Lunatic asylums Punjab 1895-1910 - 1895-1910
Year: 1895
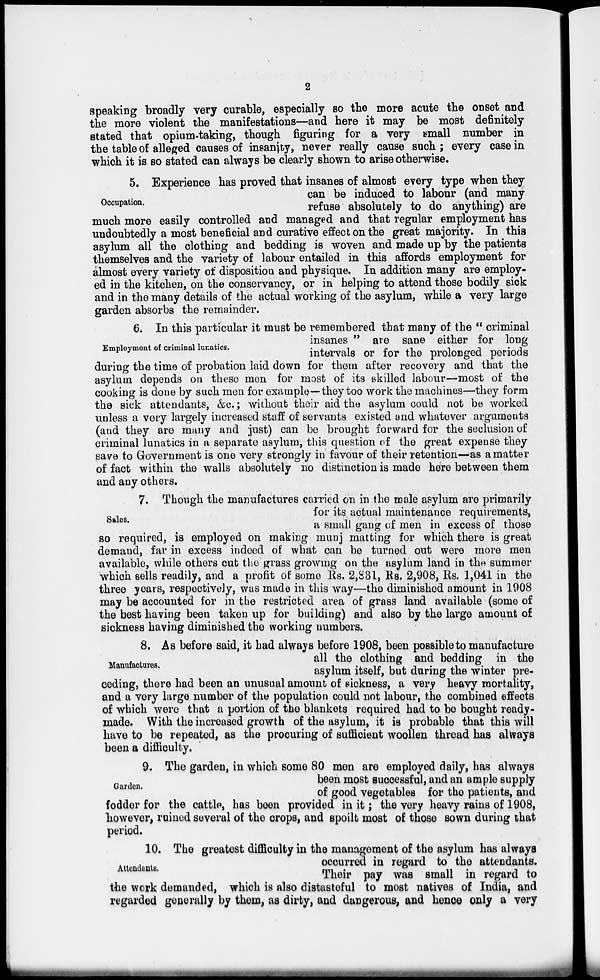
2
speaking broadly very curable, especially so the more acute the onset and
the more violent the manifestations—and here it may be most definitely
stated that opium-taking, though figuring for a very small number in
the table of alleged causes of insanity, never really cause such ; every case in
which it is so stated can always be clearly shown to arise otherwise.
Occupation.
5. Experience has proved that insanes of almost every type when they
can be induced to labour (and many
refuse absolutely to do anything) are
much more easily controlled and managed and that regular employment has
undoubtedly a most beneficial and curative effect on the great majority. In this
asylum all the clothing and bedding is woven and made up by the patients
themselves and the variety of labour entailed in this affords employment for
almost every variety of disposition and physique. In addition many are employ-
ed in the kitchen, on the conservancy, or in helping to attend those bodily sick
and in the many details of the actual working of the asylum, while a very large
garden absorbs the remainder.
Employment of criminal lunatics.
6. In this particular it must be remembered that many of the "criminal
insanes " are sane either for long
intervals or for the prolonged periods
during the time of probation laid down for them after recovery and that the
asylum depends on these men for most of its skilled labour—most of the
cooking is done by such men for example—they too work the machines—they form
the sick attendants, &c.; without their aid the asylum could not be worked
unless a very largely increased staff of servants existed and whatever arguments
(and they are many and just) can be brought forward for the seclusion of
criminal lunatics in a separate asylum, this question of the great expense they
save to Government is one very strongly in favour of their retention––as a matter
of fact within the walls absolutely no distinction is made here between them
and any others.
Sales.
7. Though the manufactures carried on in the male asylum are primarily
for its actual maintenance requirements ,
a small gang of men in excess of those
so required, is employed on making munj matting for which there is great
demand, far in excess indeed of what can be turned out were more men
available, while others cut the grass growing on the asylum land in the summer
which sells readily, and a profit of some Rs. 2,831 , Rs. 2,908, Rs. 1,041 in the
three years, respectively, was made in this way—the diminished amount in 1908
may be accounted for in the restricted area of grass land available (some of
the best having been taken up for building) and also by the large amount of
sickness having diminished the working numbers.
Manufactures.
8. As before said, it had always before 1908, been possible to manufacture
all the clothing and bedding in the
asylum itself, but during the winter pre-
ceding, there had been an unusual amount of sickness, a very heavy mortality,
and a very large number of the population could not labour, the combined effects
of which were that a portion of the blankets required had to be bought ready-
made. With the increased growth of the asylum, it is probable that this will
have to be repeated, as the procuring of sufficient woollen thread has always
been a difficulty.
Garden.
9. The garden, in which some 80 men are employed daily, has always
been most successful, and an ample supply
of good vegetables for the patients, and
fodder for the cattle, has been provided in it ; the very heavy rains of 1908,
however, ruined several of the crops, and spoilt most of those sown during that
period.
Attendants.
10. The greatest difficulty in the management of the asylum has always
occurred in regard to the attendants.
Their pay was small in regard to
the work demanded, which is also distasteful to most natives of India, and
regarded generally by them, as dirty, and dangerous, and hence only a very